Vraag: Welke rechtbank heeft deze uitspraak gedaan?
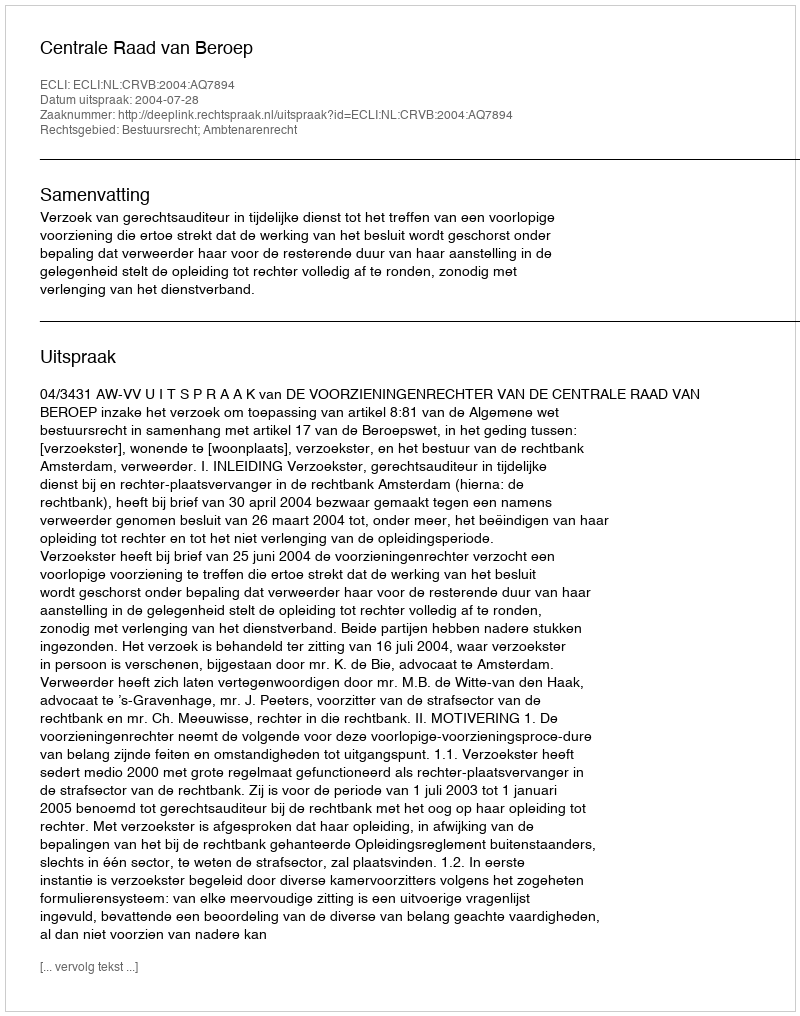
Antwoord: Centrale Raad van Beroep